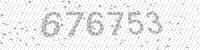
Solution: 676753